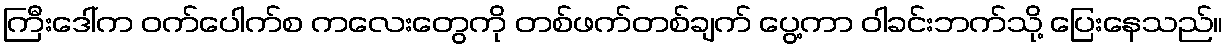
ကြီးဒေါ်က ဝက်ပေါက်စ ကလေးတွေကို တစ်ဖက်တစ်ချက် ပွေ့ကာ ဝါခင်းဘက်သို့ ပြေးနေသည်။